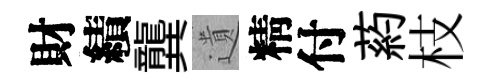
財績龔遺精付葯枝